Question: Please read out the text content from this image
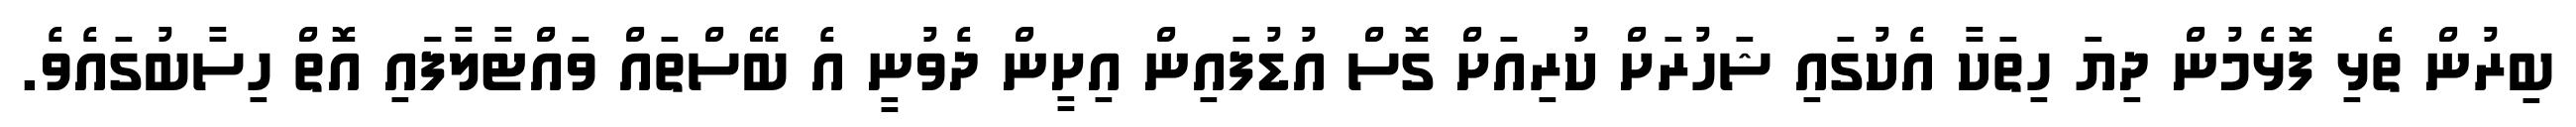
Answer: ބިރުން ތެޅި ފޮޅެމުން ދިޔަ ހިތަކާ އެކުގައި ޝަހުރަށް ކުރިއަށް ގޮސް އުޑުފައިން އިށީން ދެވުނީ އެ ބޭސްތައް ވައްޓާލާފަައި އޮތް ހިސާބުގައެވެ.